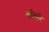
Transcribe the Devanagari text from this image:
आंको